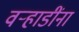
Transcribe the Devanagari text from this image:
वर्‍हाडींना